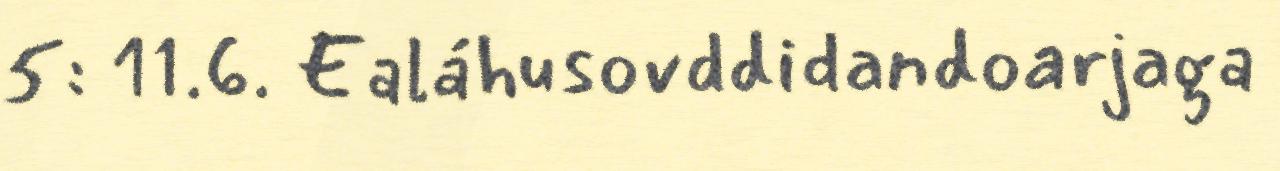
5: 11.6. Ealáhusovddidandoarjaga